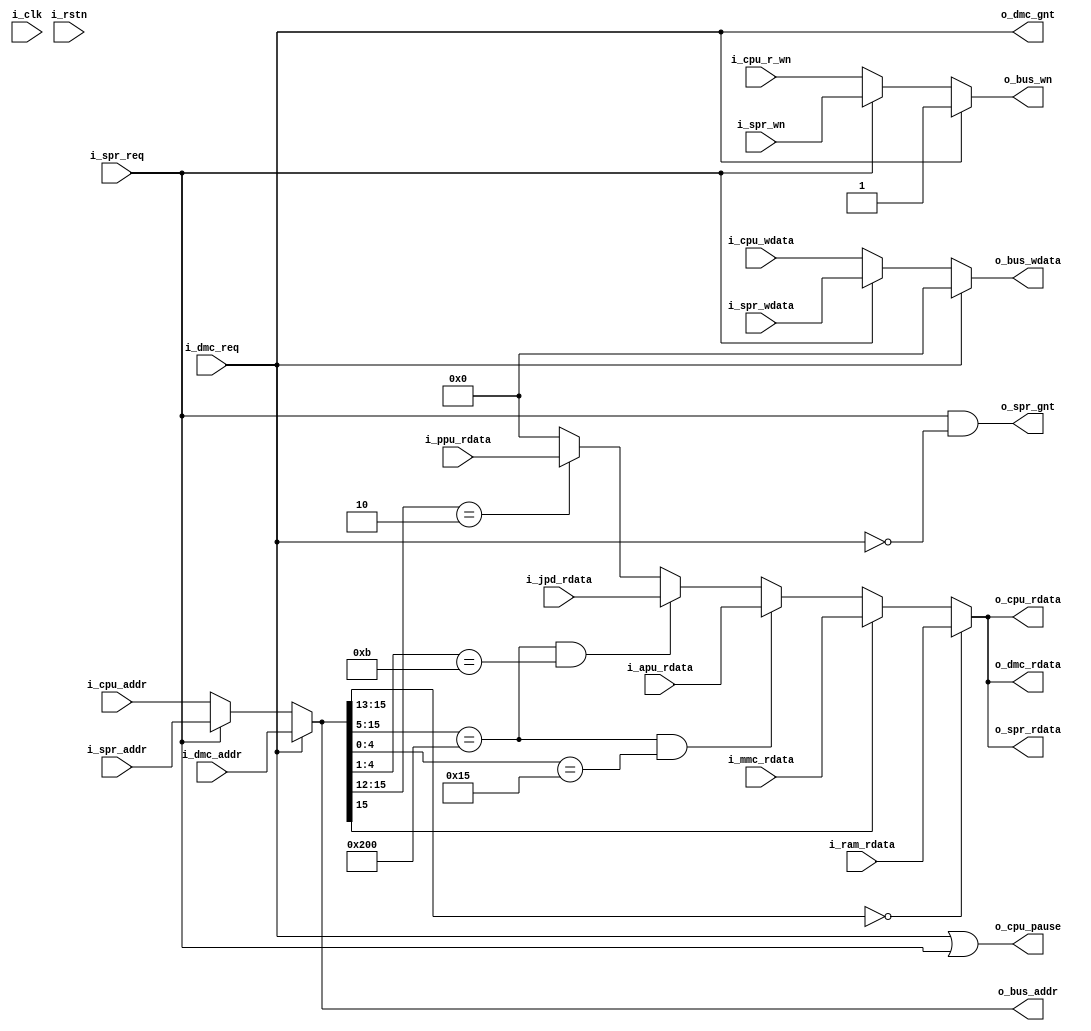
module nes_bus(
    input           i_clk           ,
    input           i_rstn          ,
    //mst devices
    output          o_cpu_pause     ,
    input   [15:0]  i_cpu_addr      ,
    input           i_cpu_r_wn      ,//1 read, 0 write
    input   [7:0]   i_cpu_wdata     ,
    output  [7:0]   o_cpu_rdata     ,
    
        
    input           i_dmc_req       ,
    output          o_dmc_gnt       ,
    input   [15:0]  i_dmc_addr      ,
    output  [7:0]   o_dmc_rdata     ,

    input           i_spr_req       ,
    output          o_spr_gnt       ,
    input   [15:0]  i_spr_addr      ,
    input           i_spr_wn        ,//1 read, 0 write
    input   [7:0]   i_spr_wdata     ,
    output  [7:0]   o_spr_rdata     ,
    
    //slv devices
    //write
    output  [15:0]  o_bus_addr      ,
    output  [7:0]   o_bus_wdata     ,
    output          o_bus_wn        ,
    //read
    input   [7:0]   i_ram_rdata     ,
    input   [7:0]   i_mmc_rdata     ,
    input   [7:0]   i_apu_rdata     ,
    input   [7:0]   i_jpd_rdata     ,
    input   [7:0]   i_ppu_rdata       
);

reg [15:0]  c_bus_addr  ;
reg [7:0]   c_bus_wdata ;
reg         c_bus_wn    ;
wire[7:0]   c_bus_rdata ;

wire c_apu_dma_jp_hit;
wire c_ram_rhit;
wire c_mmc_rhit;
wire c_apu_rhit;
wire c_jpd_rhit;
wire c_ppu_rhit;    

assign  c_ram_rhit = c_bus_addr[15:13]==3'b000;
assign  c_mmc_rhit = c_bus_addr[15]==1'b1;
assign  c_apu_dma_jp_hit    = c_bus_addr[15:5]==11'h200                     ;
assign  c_apu_rhit          = c_apu_dma_jp_hit & (c_bus_addr[4:0]==5'h15)   ;
assign  c_jpd_rhit          = c_apu_dma_jp_hit & (c_bus_addr[4:1]==4'hb)    ;
assign  c_ppu_rhit          = c_bus_addr[15:12]==4'h2;

assign  c_bus_rdata =   c_ram_rhit ? i_ram_rdata    : 
                        c_mmc_rhit ? i_mmc_rdata    :
                        c_apu_rhit ? i_apu_rdata    :
                        c_jpd_rhit ? i_jpd_rdata    :
                        c_ppu_rhit ? i_ppu_rdata    :
                        8'h0;

/*
bus master arbitor
*/

always @ ( * ) begin
    if(i_dmc_req) begin
        c_bus_addr = i_dmc_addr;
        c_bus_wdata = 8'h0;
        c_bus_wn = 1'b1;
    end
    else if(i_spr_req) begin
        c_bus_addr = i_spr_addr;
        c_bus_wdata = i_spr_wdata;
        c_bus_wn = i_spr_wn;
    end
    else begin
        c_bus_addr = i_cpu_addr;
        c_bus_wdata = i_cpu_wdata;
        c_bus_wn = i_cpu_r_wn;
    end
end

assign  o_dmc_gnt = i_dmc_req;
assign  o_spr_gnt = i_spr_req & ~i_dmc_req;
         
assign  o_bus_addr = c_bus_addr;
assign  o_bus_wdata = c_bus_wdata;
assign  o_bus_wn = c_bus_wn;

assign  o_cpu_rdata = c_bus_rdata;
assign  o_dmc_rdata = c_bus_rdata;
assign  o_spr_rdata = c_bus_rdata;
assign  o_cpu_pause = i_dmc_req | i_spr_req;


endmodule